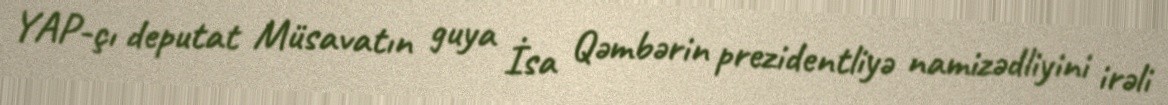
YAP-çı deputat Müsavatın guya İsa Qəmbərin prezidentliyə namizədliyini irəli